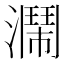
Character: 𤂗